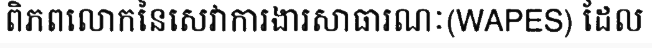
ពិភពលោកនៃសេវាការងារសាធារណៈ(WAPES) ដែល